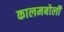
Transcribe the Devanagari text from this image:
कालमबोली